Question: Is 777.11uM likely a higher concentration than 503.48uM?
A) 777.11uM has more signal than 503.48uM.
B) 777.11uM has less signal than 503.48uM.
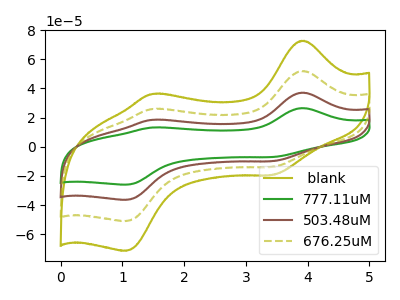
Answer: <think>The olive curve " blank" has anodic peaks at (3.95V, 111.50uA) (1.50V, 55.60uA) and cathodic peaks at (3.45V, -29.60uA) (1.05V, -109.30uA). The green curve "777.11uM" has anodic peaks at (3.95V, 26.55uA) (1.50V, 13.25uA) and cathodic peaks at (3.45V, -7.05uA) (1.05V, -26.00uA). The brown curve "503.48uM" has anodic peaks at (3.95V, 37.15uA) (1.50V, 18.55uA) and cathodic peaks at (3.45V, -9.85uA) (1.05V, -36.45uA). The olive dashed curve "676.25uM" has anodic peaks at (3.95V, 74.35uA) (1.50V, 37.05uA) and cathodic peaks at (3.45V, -19.70uA) (1.05V, -72.85uA).
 All the peaks in "777.11uM" have a peak in "503.48uM" at the same potential. Every peak in "777.11uM" is lower than every peak in "503.48uM".</think>
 <answer>B) "777.11uM" has less signal than "503.48uM".</answer>
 <eval>B</eval>